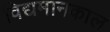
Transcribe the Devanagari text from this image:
विद्यमानकाल